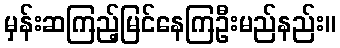
မှန်းဆကြည့်မြင်နေကြဦးမည်နည်း။